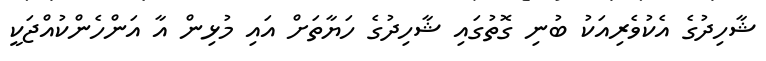
ޝާހިދުގެ އެކުވެރިއަކު ބުނި ގޮތުގައި ޝާހިދުގެ ހަޔާތަށް އައި މުޅިން އާ އަންހެންކުއްޖަކީ